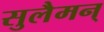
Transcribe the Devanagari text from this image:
सुलैमन्